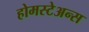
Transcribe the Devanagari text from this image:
होमस्टेअन्स